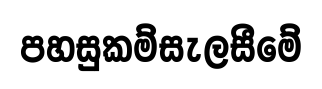
පහසුකම්සැලසීමේ